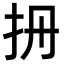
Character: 𢪡